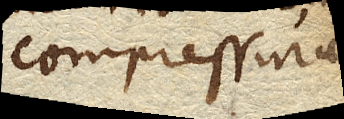
compressurae,